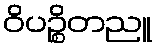
ဝိပဉ္စိတညူ